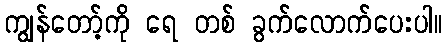
ကျွန်တော့်ကို ရေ တစ် ခွက်လောက်ပေးပါ။